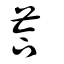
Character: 荅